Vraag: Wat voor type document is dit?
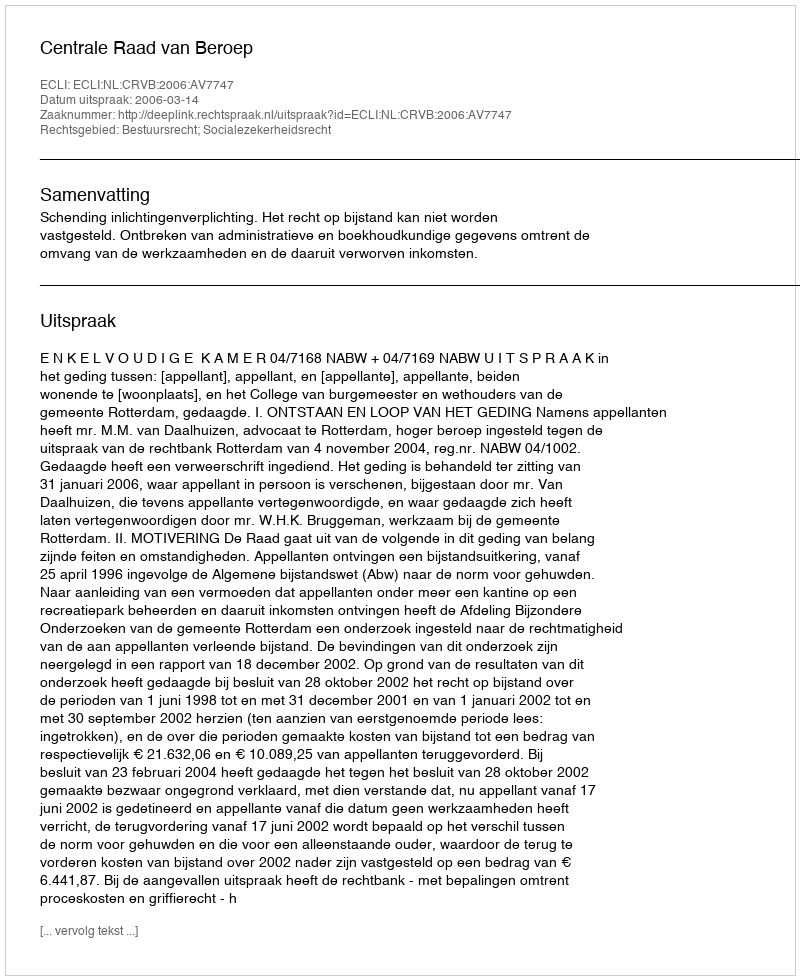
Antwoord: Uitspraak